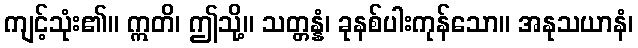
ကျင့်သုံး၏။ ဣတိ၊ ဤသို့။ သတ္တန္နံ၊ ခုနစ်ပါးကုန်သော။ အနုသယာနံ၊